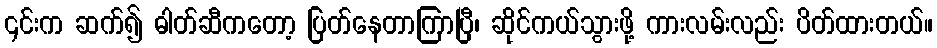
၎င်းက ဆက်၍ ဓါတ်ဆီကတော့ ပြတ်နေတာကြာပြီ၊ ဆိုင်ကယ်သွားဖို့ ကားလမ်းလည်း ပိတ်ထားတယ်။